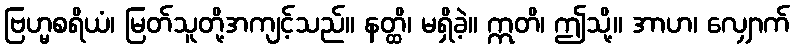
ဗြဟ္မစရိယံ၊ မြတ်သူတို့အကျင့်သည်။ နတ္ထိ၊ မရှိခဲ့။ ဣတိ၊ ဤသို့။ အာဟ၊ လျှောက်